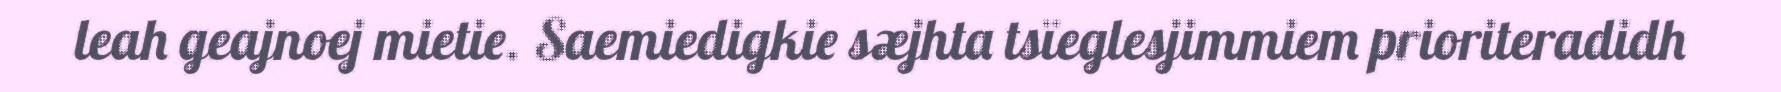
leah geajnoej mietie. Saemiedigkie sæjhta tsïeglesjimmiem prioriteradidh